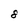
Character: 8